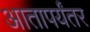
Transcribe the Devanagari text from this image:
आतापर्यंतर